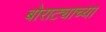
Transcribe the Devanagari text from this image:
बोराट्याच्या